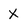
Character: x